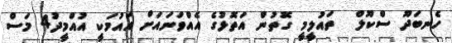
ހެނބަދޫ ސްކޫލް  ތައުލީމީ ގޮތުން އަތޮޅުގެ އެއްވަނައަށް އައުމަކީ އުއްމީދު4 މަސް